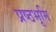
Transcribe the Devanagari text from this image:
प्रष्‍ठभूमि